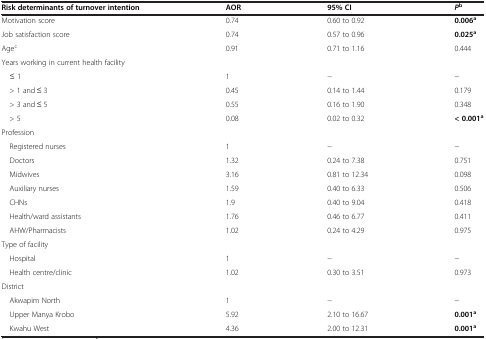
<table><thead><tr><td><b>Risk determinants of turnover intention</b></td><td><b>AOR</b></td><td><b>95% CI</b></td><td><b><i>P</i><sup>b</sup></b></td></tr></thead><tbody><tr><td>Motivation score</td><td>0.74</td><td>0.60 to 0.92</td><td><b>0.006</b><sup><b>a</b></sup></td></tr><tr><td>Job satisfaction score</td><td>0.74</td><td>0.57 to 0.96</td><td><b>0.025</b><sup><b>a</b></sup></td></tr><tr><td>Age<sup>c</sup></td><td>0.91</td><td>0.71 to 1.16</td><td>0.444</td></tr><tr><td>Years working in current health facility</td><td> </td><td> </td><td> </td></tr><tr><td> ≤ 1</td><td>1</td><td>−</td><td>−</td></tr><tr><td> &gt; 1 and ≤ 3</td><td>0.45</td><td>0.14 to 1.44</td><td>0.179</td></tr><tr><td> &gt; 3 and ≤ 5</td><td>0.55</td><td>0.16 to 1.90</td><td>0.348</td></tr><tr><td> &gt; 5</td><td>0.08</td><td>0.02 to 0.32</td><td><b>&lt; 0.001</b><sup><b>a</b></sup></td></tr><tr><td>Profession</td><td> </td><td> </td><td> </td></tr><tr><td> Registered nurses</td><td>1</td><td>−</td><td>−</td></tr><tr><td> Doctors</td><td>1.32</td><td>0.24 to 7.38</td><td>0.751</td></tr><tr><td> Midwives</td><td>3.16</td><td>0.81 to 12.34</td><td>0.098</td></tr><tr><td> Auxiliary nurses</td><td>1.59</td><td>0.40 to 6.33</td><td>0.506</td></tr><tr><td> CHNs</td><td>1.9</td><td>0.40 to 9.04</td><td>0.418</td></tr><tr><td> Health/ward assistants</td><td>1.76</td><td>0.46 to 6.77</td><td>0.411</td></tr><tr><td> AHW/Pharmacists</td><td>1.02</td><td>0.24 to 4.29</td><td>0.975</td></tr><tr><td>Type of facility</td><td> </td><td> </td><td> </td></tr><tr><td> Hospital</td><td>1</td><td>−</td><td>−</td></tr><tr><td> Health centre/clinic</td><td>1.02</td><td>0.30 to 3.51</td><td>0.973</td></tr><tr><td>District</td><td> </td><td> </td><td> </td></tr><tr><td> Akwapim North</td><td>1</td><td>−</td><td>−</td></tr><tr><td> Upper Manya Krobo</td><td>5.92</td><td>2.10 to 16.67</td><td><b>0.001</b><sup><b>a</b></sup></td></tr><tr><td> Kwahu West</td><td>4.36</td><td>2.00 to 12.31</td><td><b>0.001</b><sup><b>a</b></sup></td></tr></tbody></table>